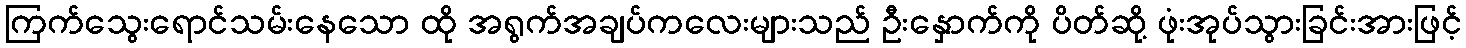
ကြက်သွေးရောင်သမ်းနေသော ထို အရွက်အချပ်ကလေးများသည် ဦးနှောက်ကို ပိတ်ဆို့ ဖုံးအုပ်သွားခြင်းအားဖြင့်